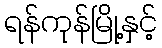
ရန်ကုန်မြို့နှင့်